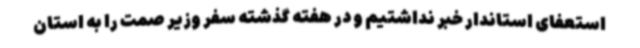
استعفای استاندار خبر نداشتیم و در هفته گذشته سفر وزیر صمت را به استان